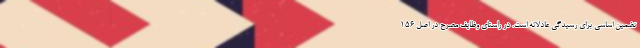
تضمین اساسی برای رسیدگی عادلانه است. در راستای وظایف مصرح در اصل ۱۵۶